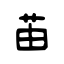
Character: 苖